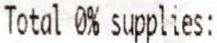
TOTAL 0% SUPPLIES: